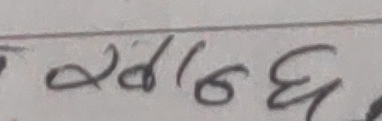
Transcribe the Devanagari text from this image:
२०७८